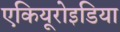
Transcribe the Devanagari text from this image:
एकियूरोइडिया